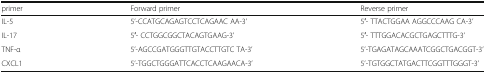
<table><thead><tr><td><b>primer</b></td><td><b>Forward primer</b></td><td><b>Reverse primer</b></td></tr></thead><tbody><tr><td>IL-5</td><td>5’-CCATGCAGAGTCCTCAGAAC AA-3’</td><td>5′- TTACTGGAA AGGCCCAAG CA-3’</td></tr><tr><td>IL-17</td><td>5′- CCTGGCGGCTACAGTGAAG-3’</td><td>5′- TTTGGACACGCTGAGCTTTG-3’</td></tr><tr><td>TNF-α</td><td>5’-AGCCGATGGGTTGTACCTTGTC TA-3’</td><td>5’-TGAGATAGCAAATCGGCTGACGGT-3’</td></tr><tr><td>CXCL1</td><td>5’-TGGCTGGGATTCACCTCAAGAACA-3’</td><td>5’-TGTGGCTATGACTTCGGTTTGGGT-3’</td></tr></tbody></table>